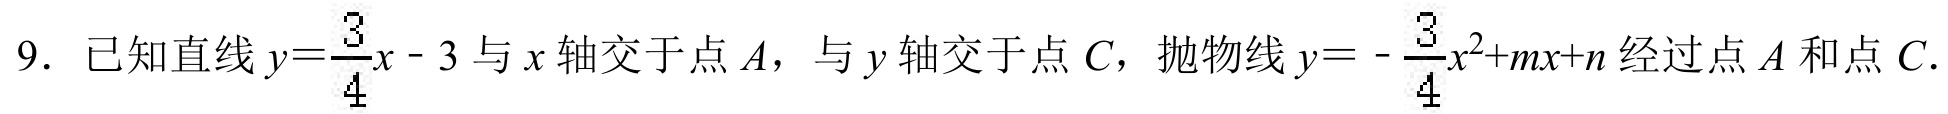
9. 已知直线\(y=\frac{3}{4}x - 3\)与\(x\)轴交于点\(A\)，与\(y\)轴交于点\(C\)，抛物线\(y = -\frac{3}{4}x^{2}+mx + n\)经过点\(A\)和点\(C\).